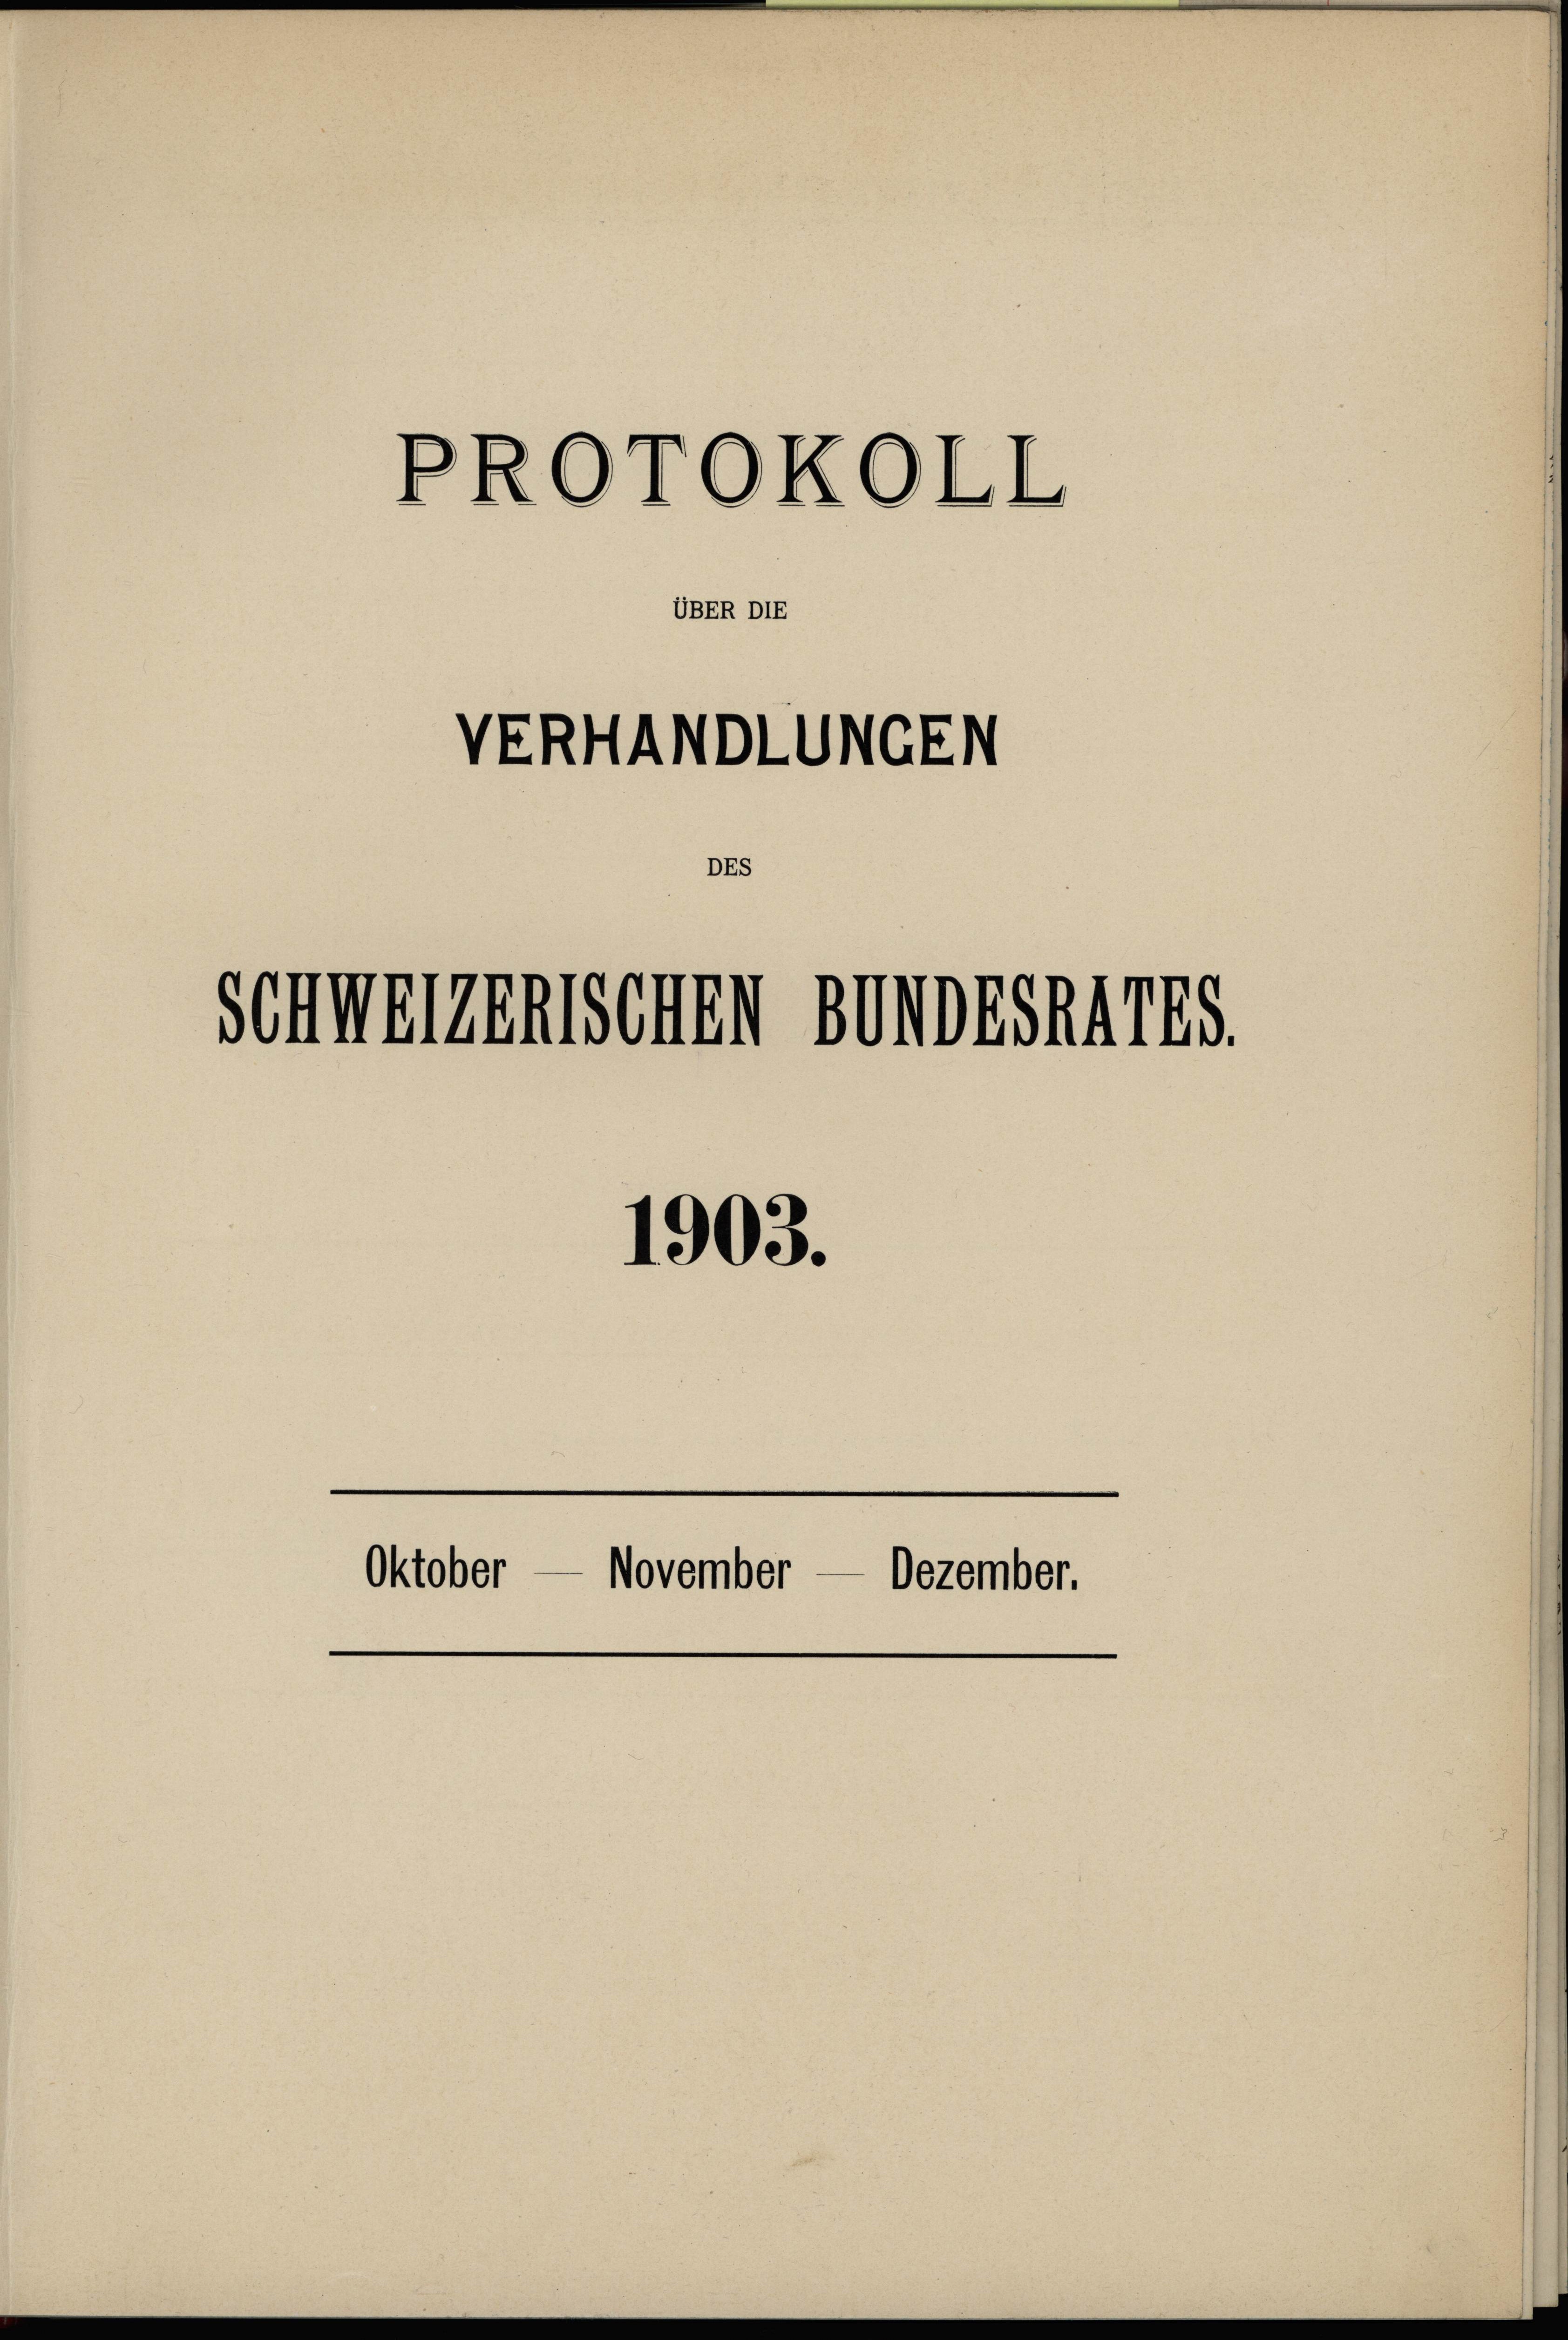
PROTOKOLL

VERHANDLUNGEN

UBER DIE

DEs

1903.

Schwerenischen Bundesa4785.

Oktober November — Dezember.